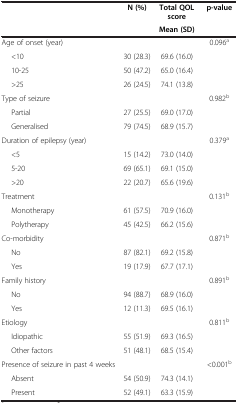
<table><thead><tr><td rowspan="2"><b> </b></td><td rowspan="2"><b>N (%)</b></td><td><b>Total QOL score</b></td><td rowspan="2"><b>p-value</b></td></tr><tr><td><b>Mean (SD)</b></td></tr></thead><tbody><tr><td>Age of onset (year)</td><td> </td><td> </td><td>0.096<sup>a</sup></td></tr><tr><td>&lt;10</td><td>30 (28.3)</td><td>69.6 (16.0)</td><td> </td></tr><tr><td>10-25</td><td>50 (47.2)</td><td>65.0 (16.4)</td><td> </td></tr><tr><td>&gt;25</td><td>26 (24.5)</td><td>74.1 (13.8)</td><td> </td></tr><tr><td>Type of seizure</td><td> </td><td> </td><td>0.982<sup>b</sup></td></tr><tr><td>Partial</td><td>27 (25.5)</td><td>69.0 (17.0)</td><td> </td></tr><tr><td>Generalised</td><td>79 (74.5)</td><td>68.9 (15.7)</td><td> </td></tr><tr><td>Duration of epilepsy (year)</td><td> </td><td> </td><td>0.379<sup>a</sup></td></tr><tr><td>&lt;5</td><td>15 (14.2)</td><td>73.0 (14.0)</td><td> </td></tr><tr><td>5-20</td><td>69 (65.1)</td><td>69.1 (15.0)</td><td> </td></tr><tr><td>&gt;20</td><td>22 (20.7)</td><td>65.6 (19.6)</td><td> </td></tr><tr><td>Treatment</td><td> </td><td> </td><td>0.131<sup>b</sup></td></tr><tr><td>Monotherapy</td><td>61 (57.5)</td><td>70.9 (16.0)</td><td> </td></tr><tr><td>Polytherapy</td><td>45 (42.5)</td><td>66.2 (15.6)</td><td> </td></tr><tr><td>Co-morbidity</td><td> </td><td> </td><td>0.871<sup>b</sup></td></tr><tr><td>No</td><td>87 (82.1)</td><td>69.2 (15.8)</td><td> </td></tr><tr><td>Yes</td><td>19 (17.9)</td><td>67.7 (17.1)</td><td> </td></tr><tr><td>Family history</td><td> </td><td> </td><td>0.891<sup>b</sup></td></tr><tr><td>No</td><td>94 (88.7)</td><td>68.9 (16.0)</td><td> </td></tr><tr><td>Yes</td><td>12 (11.3)</td><td>69.5 (16.1)</td><td> </td></tr><tr><td>Etiology</td><td> </td><td> </td><td>0.811<sup>b</sup></td></tr><tr><td>Idiopathic</td><td>55 (51.9)</td><td>69.3 (16.5)</td><td> </td></tr><tr><td>Other factors</td><td>51 (48.1)</td><td>68.5 (15.4)</td><td> </td></tr><tr><td>Presence of seizure in past 4 weeks</td><td> </td><td> </td><td>&lt;0.001<sup>b</sup></td></tr><tr><td>Absent</td><td>54 (50.9)</td><td>74.3 (14.1)</td><td> </td></tr><tr><td>Present</td><td>52 (49.1)</td><td>63.3 (15.9)</td><td> </td></tr></tbody></table>